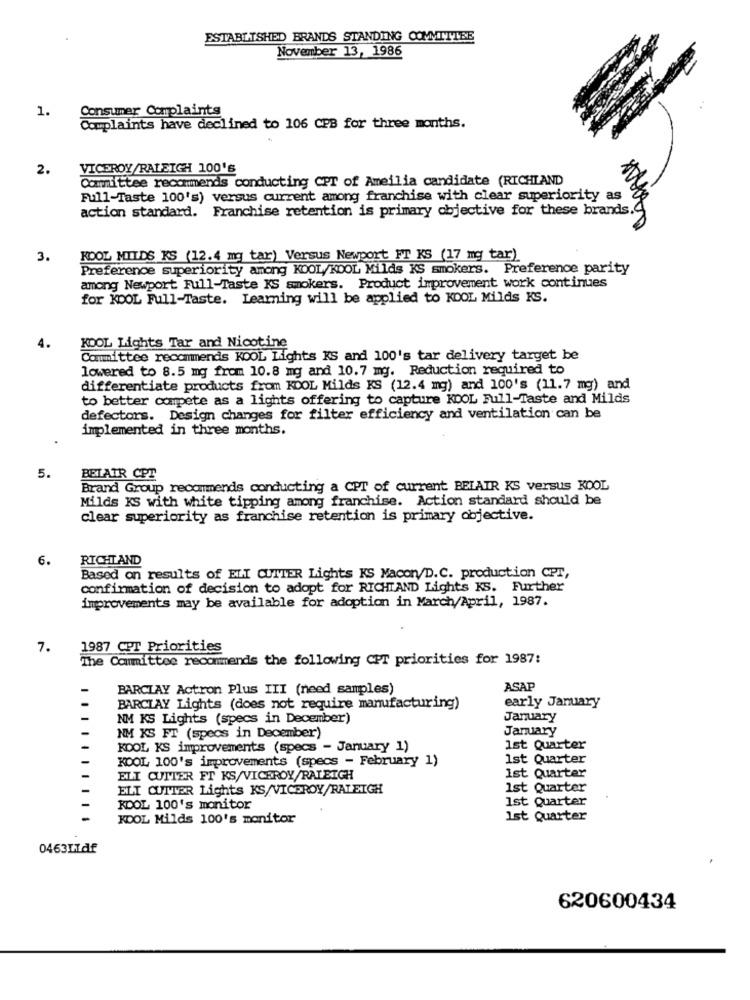
ESTABLISHED BRANDS STANDING COMMITTEE
November 13, 1986
1.
Consumer Complaints
Complaints have declined to 106 CPB for three months.
2.
VICEROY/RALEIGH 100'S
Committee recommends conducting CPT of Ameilia candidate (RICHLAND
Full-Taste 100's) versus current among franchise with clear superiority as
action standard. Franchise retention is primary objective for these brands
3.
KOOL MILDS KS (12.4 mg tar) Versus Newport FT KS (17 mg tar)
Preference superiority among KOOL/KOOL Milds KS smokers. Preference parity
among Newport Full-Taste KS smokers. Product improvement work continues
for KOOL Full-Taste. Learning will be applied to KOOL Milds KS.
4.
KOOL Lights Tar and Nicotine
Committee recommends KOOL Lights KS and 100's tar delivery target be
lowered to 8.5 mg from 10.8 mg and 10.7 mg. Reduction required to
differentiate products from KOOL Milds KS (12.4 mg) and 100's (11.7 mg) and
to better compete as a lights offering to capture KOOL Full-Taste and Milds
defectors. Design changes for filter efficiency and ventilation can be
implemented in three months.
5.
BELAIR CPT
Brand Group recommends conducting a CPT of current BELAIR KS versus KOOL
Milds KS with white tipping among franchise. Action standard should be
clear superiority as franchise retention is primary objective.
6.
RICHLAND
Based on results of EIN CUTTER Lights KS Macon/D.C. production CPT,
confirmation of decision to adopt for RICHIAND Lights KS. Further
improvements may be available for adoption in March/April, 1987.
7.
1987 CPT Priorities
The Committee recommends the following CPT priorities for 1987:
BARCLAY Actron Plus III (need samples)
ASAP
early January
-
BARCLAY Lights (does not require manufacturing)
-
NM KS Lights (specs in December)
January
January
NM KS FT (specs in December)
KOOL KS improvements (specs - January 1)
1st Quarter
KOOL 100's improvements (specs - February 1)
1st Quarter
ELI CUTTER FT KS/VICEROY/RALEIGH
Ist Quarter
ELT CUTTER Lights KS/VICEROY/RALEIGH
1st Quarter
1st Quarter
KOOL 100's monitor
KOOL Milds 100's monitor
1st Quarter
046311df
620600434